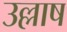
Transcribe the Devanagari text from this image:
उल्लाष